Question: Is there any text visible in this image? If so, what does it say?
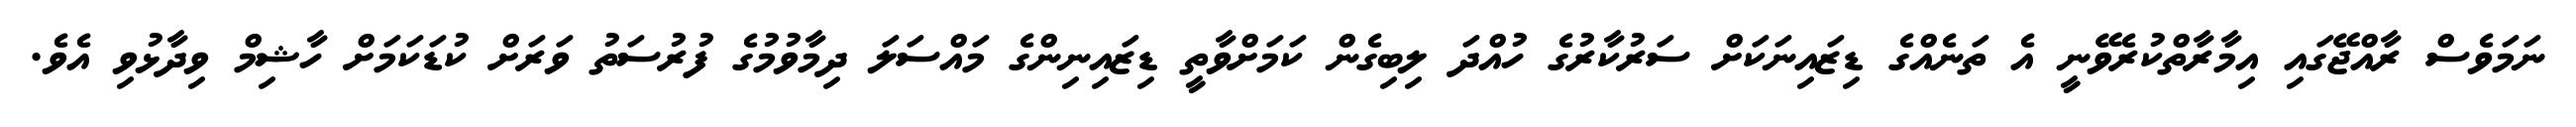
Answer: ނަމަވެސް ރާއްޖޭގައި އިމާރާތްކުރެވޭނީ އެ ތަނެއްގެ ޑިޒައިނަކަށް ސަރުކާރުގެ ހުއްދަ ލިބިގެން ކަމަށްވާތީ ޑިޒައިނިންގެ މައްސަލަ ދިމާވުމުގެ ފުރުސަތު ވަރަށް ކުޑަކަމަށް ހާޝިމް ވިދާޅުވި އެވެ.